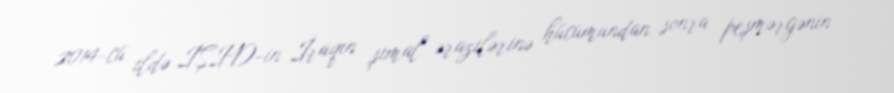
2014-cü ildə İŞİD-in İraqın şimal ərazilərinə hücumundan sonra peşmərgənin